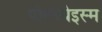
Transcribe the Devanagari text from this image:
पोल्य्थेइस्म